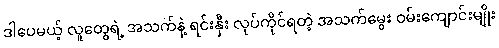
ဒါပေမယ့် လူတွေရဲ့ အသက်နဲ့ ရင်းနှီး လုပ်ကိုင်ရတဲ့ အသက်မွေး ဝမ်းကျောင်းမျိုး